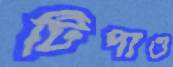
টিপাও